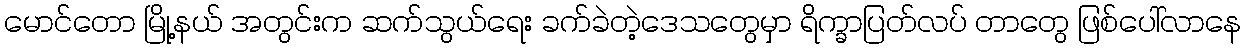
မောင်တော မြို့နယ် အတွင်းက ဆက်သွယ်ရေး ခက်ခဲတဲ့ဒေသတွေမှာ ရိက္ခာပြတ်လပ် တာတွေ ဖြစ်ပေါ်လာနေ